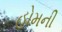
હોમની